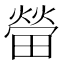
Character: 㽦